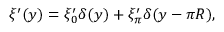
\xi ^ { \prime } ( y ) = \xi _ { 0 } ^ { \prime } \delta ( y ) + \xi _ { \pi } ^ { \prime } \delta ( y - \pi R ) ,